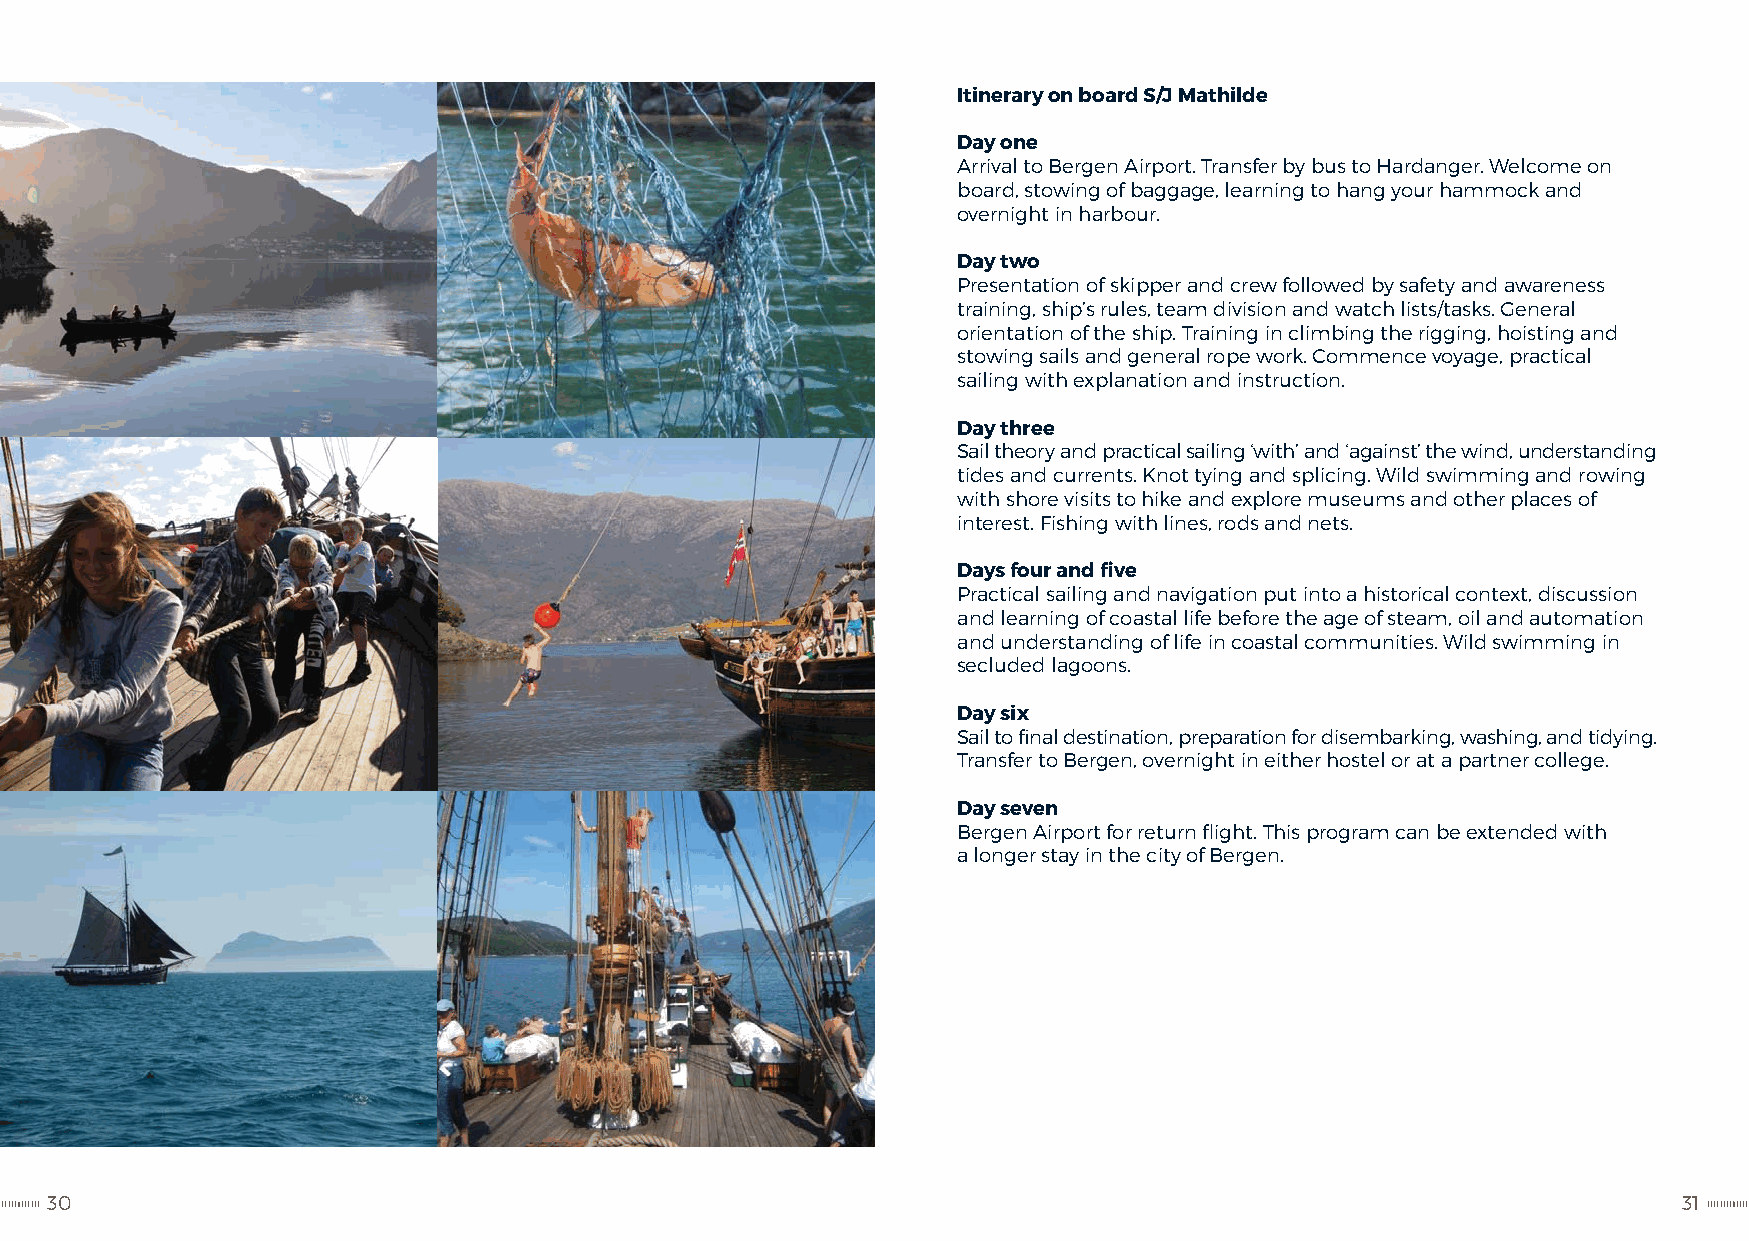
Itinerary on board S/J Mathilde
 Day one
 Arrival to Bergen Airport. Transfer by bus to Hardanger. Welcome on
 board, stowing of baggage, learning to hang your hammock and
 overnight in harbour.
 Day two
 Presentation of skipper and crew followed by safety and awareness
 training, ship’s rules, team division and watch lists/tasks. General
 orientation of the ship. Training in climbing the rigging, hoisting and
 stowing sails and general rope work. Commence voyage, practical
 sailing with explanation and instruction.
 Day three
 Sail theory and practical sailing ‘with’ and ‘against’ the wind, understanding
 tides and currents. Knot tying and splicing. Wild swimming and rowing
 with shore visits to hike and explore museums and other places of
 interest. Fishing with lines, rods and nets.
 Days four and five
 Practical sailing and navigation put into a historical context, discussion
 and learning of coastal life before the age of steam, oil and automation
 and understanding of life in coastal communities. Wild swimming in
 secluded lagoons.
 Day six
 Sail to final destination, preparation for disembarking, washing, and tidying.
 Transfer to Bergen, overnight in either hostel or at a partner college.
 Day seven
 Bergen Airport for return flight. This program can be extended with
 a longer stay in the city of Bergen.
 30                                                                                                          31